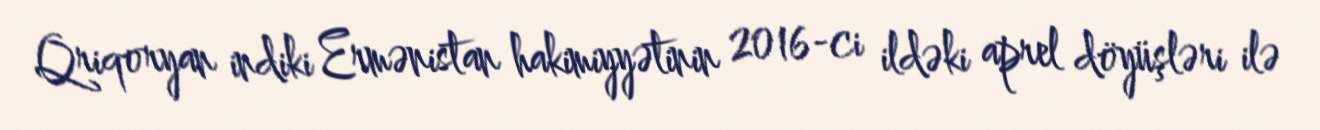
Qriqoryan indiki Ermənistan hakimiyyətinin 2016-ci ildəki aprel döyüşləri ilə